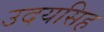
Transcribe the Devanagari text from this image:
उदयसिह